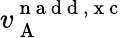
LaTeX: v_{\mathrm{~A~}}^{\mathrm{~n~a~d~d~,~x~c~}}